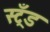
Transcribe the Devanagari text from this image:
स्ट्रँड